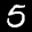
Label: 5